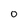
Character: O